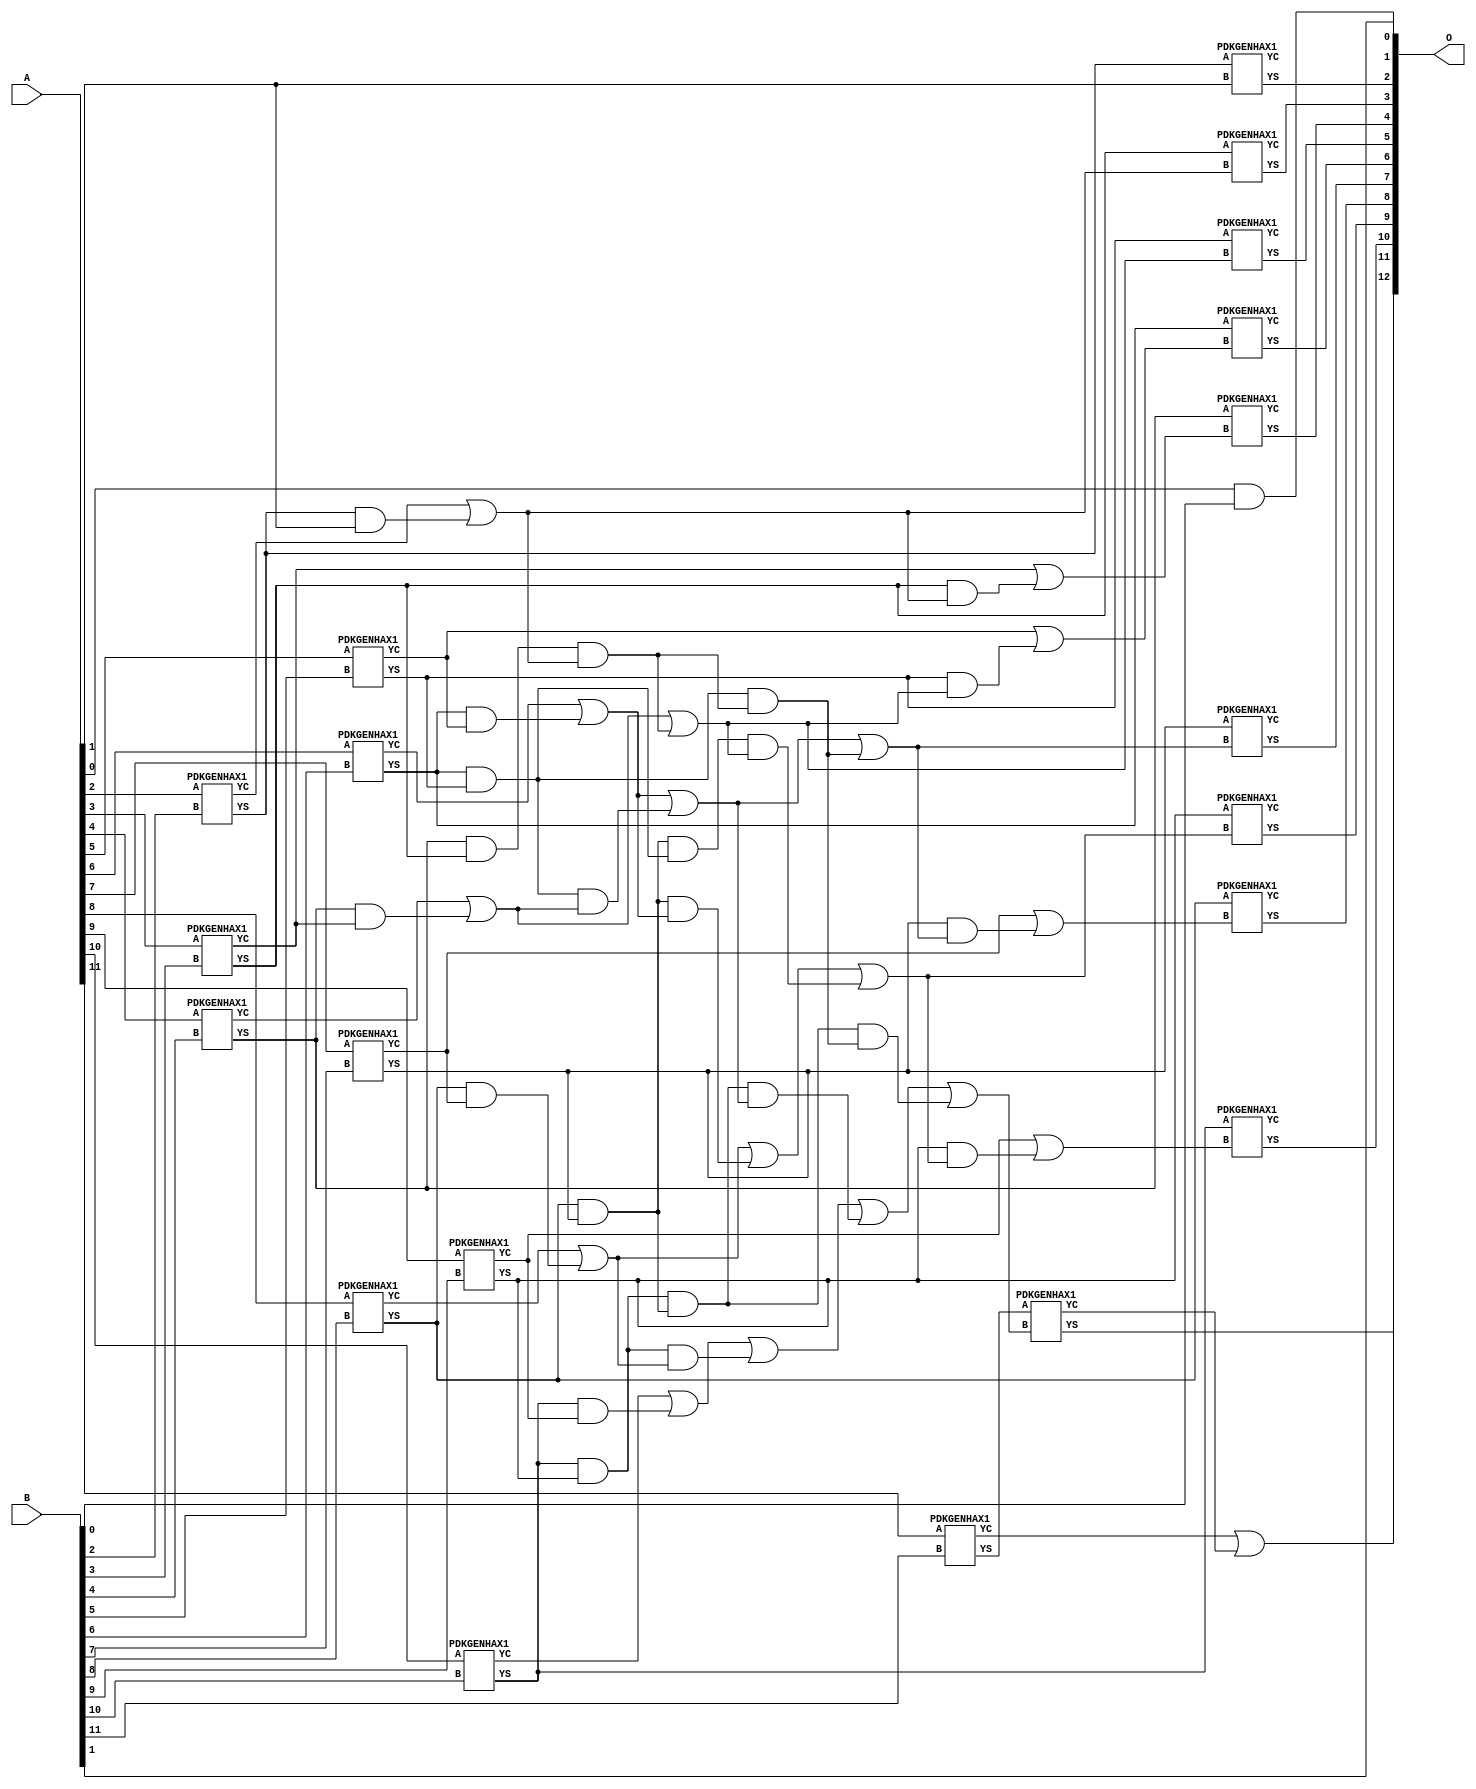
/***
* This code is a part of EvoApproxLib library (ehw.fit.vutbr.cz/approxlib) distributed under The MIT License.
* When used, please cite the following article(s): V. Mrazek, Z. Vasicek and R. Hrbacek, "Role of circuit representation in evolutionary design of energy-efficient approximate circuits" in IET Computers & Digital Techniques, vol. 12, no. 4, pp. 139-149, 7 2018. doi: 10.1049/iet-cdt.2017.0188 
* This file contains a circuit from a sub-set of pareto optimal circuits with respect to the pwr and mse parameters
***/
// MAE% = 0.012 %
// MAE = 1.0 
// WCE% = 0.024 %
// WCE = 2.0 
// WCRE% = 100.00 %
// EP% = 75.00 %
// MRE% = 0.034 %
// MSE = 1.5 
// PDK45_PWR = 0.045 mW
// PDK45_AREA = 91.5 um2
// PDK45_DELAY = 0.84 ns

module add12u_2X6(A, B, O);
  input [11:0] A, B;
  output [12:0] O;
  wire n_78, n_410, n_254, n_796, n_547, n_318, n_702, n_45, n_44, n_47;
  wire n_46, n_41, n_40, n_43, n_42, n_49, n_48, n_380, n_826, n_141;
  wire n_140, n_670, n_462, n_816, n_774, n_775, n_400, n_244, n_712, n_546;
  wire n_30, n_31, n_32, n_33, n_34, n_35, n_36, n_37, n_38, n_39;
  wire n_817, n_79, n_785, n_390, n_784, n_150, n_151, n_660, n_433, n_432;
  wire n_235, n_234, n_23, n_22, n_21, n_20, n_27, n_26, n_25, n_24;
  wire n_29, n_28, n_806, n_807, n_556, n_557, n_484, n_121, n_120, n_650;
  wire n_836, n_348, n_224, n_423, n_307, n_18, n_19, n_16, n_17, n_14;
  wire n_15, n_12, n_13, n_10, n_11, n_90, n_91, n_98, n_99, n_306;
  wire n_338, n_130, n_131, n_628, n_827, n_452, n_192, n_588, n_89, n_88;
  wire n_536, n_732, n_733, n_442, n_693, n_692, n_110, n_111, n_296, n_214;
  wire n_745, n_744, n_504, n_276, n_567, n_566, n_370, n_680, n_163, n_162;
  wire n_69, n_68, n_286, n_287, n_202, n_754, n_755, n_514, n_515, n_266;
  wire n_8, n_9, n_4, n_5, n_6, n_7, n_0, n_1, n_2, n_3;
  wire n_640, n_172, n_173, n_58, n_59, n_797, n_422, n_765, n_764, n_608;
  assign n_0 = A[0];
  assign n_1 = A[0];
  assign n_2 = A[1];
  assign n_3 = A[1];
  assign n_4 = A[2];
  assign n_5 = A[2];
  assign n_6 = A[3];
  assign n_7 = A[3];
  assign n_8 = A[4];
  assign n_9 = A[4];
  assign n_10 = A[5];
  assign n_11 = A[5];
  assign n_12 = A[6];
  assign n_13 = A[6];
  assign n_14 = A[7];
  assign n_15 = A[7];
  assign n_16 = A[8];
  assign n_17 = A[8];
  assign n_18 = A[9];
  assign n_19 = A[9];
  assign n_20 = A[10];
  assign n_21 = A[10];
  assign n_22 = A[11];
  assign n_23 = A[11];
  assign n_24 = B[0];
  assign n_25 = B[0];
  assign n_26 = B[1];
  assign n_27 = B[1];
  assign n_28 = B[2];
  assign n_29 = B[2];
  assign n_30 = B[3];
  assign n_31 = B[3];
  assign n_32 = B[4];
  assign n_33 = B[4];
  assign n_34 = B[5];
  assign n_35 = B[5];
  assign n_36 = B[6];
  assign n_37 = B[6];
  assign n_38 = B[7];
  assign n_39 = B[7];
  assign n_40 = B[8];
  assign n_41 = B[8];
  assign n_42 = B[9];
  assign n_43 = B[9];
  assign n_44 = B[10];
  assign n_45 = B[10];
  assign n_46 = B[11];
  assign n_47 = B[11];
  assign n_48 = n_0 & n_24;
  assign n_49 = n_48;
  assign n_58 = n_2;
  assign n_59 = n_58;
  PDKGENHAX1 tmp63(.YS(n_68), .YC(n_69), .A(n_4), .B(n_28));
  PDKGENHAX1 tmp64(.YS(n_78), .YC(n_79), .A(n_6), .B(n_30));
  PDKGENHAX1 tmp65(.YS(n_88), .YC(n_89), .A(n_8), .B(n_32));
  assign n_90 = n_49;
  assign n_91 = n_90;
  PDKGENHAX1 tmp68(.YS(n_98), .YC(n_99), .A(n_10), .B(n_34));
  PDKGENHAX1 tmp69(.YS(n_110), .YC(n_111), .A(n_12), .B(n_36));
  PDKGENHAX1 tmp70(.YS(n_120), .YC(n_121), .A(n_14), .B(n_38));
  PDKGENHAX1 tmp71(.YS(n_130), .YC(n_131), .A(n_16), .B(n_40));
  PDKGENHAX1 tmp72(.YS(n_140), .YC(n_141), .A(n_18), .B(n_42));
  PDKGENHAX1 tmp73(.YS(n_150), .YC(n_151), .A(n_20), .B(n_44));
  PDKGENHAX1 tmp74(.YS(n_162), .YC(n_163), .A(n_22), .B(n_46));
  assign n_172 = n_68 & n_2;
  assign n_173 = n_172;
  assign n_192 = n_69 | n_173;
  assign n_202 = n_88 & n_79;
  assign n_214 = n_88 & n_78;
  assign n_224 = n_89 | n_202;
  assign n_234 = n_110 & n_99;
  assign n_235 = n_234;
  assign n_244 = n_110 & n_98;
  assign n_254 = n_111 | n_235;
  assign n_266 = n_130 & n_121;
  assign n_276 = n_130 & n_120;
  assign n_286 = n_131 | n_266;
  assign n_287 = n_286;
  assign n_296 = n_150 & n_141;
  assign n_306 = n_150 & n_140;
  assign n_307 = n_306;
  assign n_318 = n_151 | n_296;
  assign n_338 = n_192;
  assign n_348 = n_214 & n_192;
  assign n_370 = n_224 | n_348;
  assign n_380 = n_244 & n_224;
  assign n_390 = n_244 & n_348;
  assign n_400 = n_254 | n_380;
  assign n_410 = n_276 & n_254;
  assign n_422 = n_276 & n_244;
  assign n_423 = n_422;
  assign n_432 = n_287 | n_410;
  assign n_433 = n_432;
  assign n_442 = n_307 & n_286;
  assign n_452 = n_306 & n_276;
  assign n_462 = n_318 | n_442;
  assign n_484 = n_370;
  assign n_504 = n_400 | n_390;
  assign n_514 = n_423 & n_370;
  assign n_515 = n_514;
  assign n_536 = n_433 | n_515;
  assign n_546 = n_452 & n_400;
  assign n_547 = n_546;
  assign n_556 = n_452 & n_390;
  assign n_557 = n_556;
  assign n_566 = n_462 | n_547;
  assign n_567 = n_566;
  assign n_588 = n_536;
  assign n_608 = n_567 | n_557;
  assign n_628 = n_59;
  assign n_640 = n_78 & n_338;
  assign n_650 = n_79 | n_640;
  assign n_660 = n_98 & n_484;
  assign n_670 = n_99 | n_660;
  assign n_680 = n_120 & n_504;
  assign n_692 = n_121 | n_680;
  assign n_693 = n_692;
  assign n_702 = n_140 & n_588;
  assign n_712 = n_141 | n_702;
  PDKGENHAX1 tmp130(.YS(n_732), .YC(n_733), .A(n_68), .B(n_628));
  PDKGENHAX1 tmp131(.YS(n_744), .YC(n_745), .A(n_78), .B(n_338));
  PDKGENHAX1 tmp132(.YS(n_754), .YC(n_755), .A(n_88), .B(n_650));
  PDKGENHAX1 tmp133(.YS(n_764), .YC(n_765), .A(n_98), .B(n_484));
  PDKGENHAX1 tmp134(.YS(n_774), .YC(n_775), .A(n_110), .B(n_670));
  PDKGENHAX1 tmp135(.YS(n_784), .YC(n_785), .A(n_120), .B(n_504));
  PDKGENHAX1 tmp136(.YS(n_796), .YC(n_797), .A(n_130), .B(n_693));
  PDKGENHAX1 tmp137(.YS(n_806), .YC(n_807), .A(n_140), .B(n_588));
  PDKGENHAX1 tmp138(.YS(n_816), .YC(n_817), .A(n_150), .B(n_712));
  PDKGENHAX1 tmp139(.YS(n_826), .YC(n_827), .A(n_162), .B(n_608));
  assign n_836 = n_163 | n_827;
  assign O[0] = n_26;
  assign O[1] = n_91;
  assign O[2] = n_732;
  assign O[3] = n_744;
  assign O[4] = n_754;
  assign O[5] = n_764;
  assign O[6] = n_774;
  assign O[7] = n_784;
  assign O[8] = n_796;
  assign O[9] = n_806;
  assign O[10] = n_816;
  assign O[11] = n_826;
  assign O[12] = n_836;
endmodule

/* mod */
module PDKGENHAX1( input A, input B, output YS, output YC );
    assign YS = A ^ B;
    assign YC = A & B;
endmodule